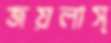
জয়লাস্